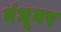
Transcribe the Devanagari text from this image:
बंधूवर